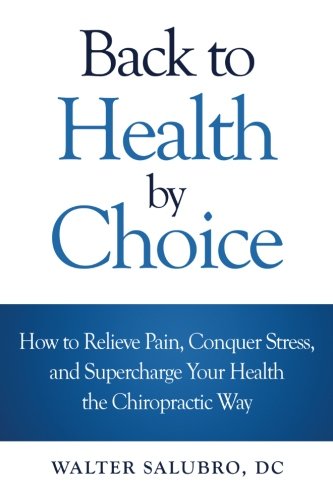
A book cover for Back to Health by Choice: How to Relieve Pain, Conquer Stress and Supercharge Your Health the Chiropractic Way; Walter Salubro DC; Health, Fitness & Dieting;